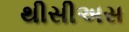
થીસીઅસ